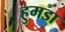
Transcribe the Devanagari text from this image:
हुमडा